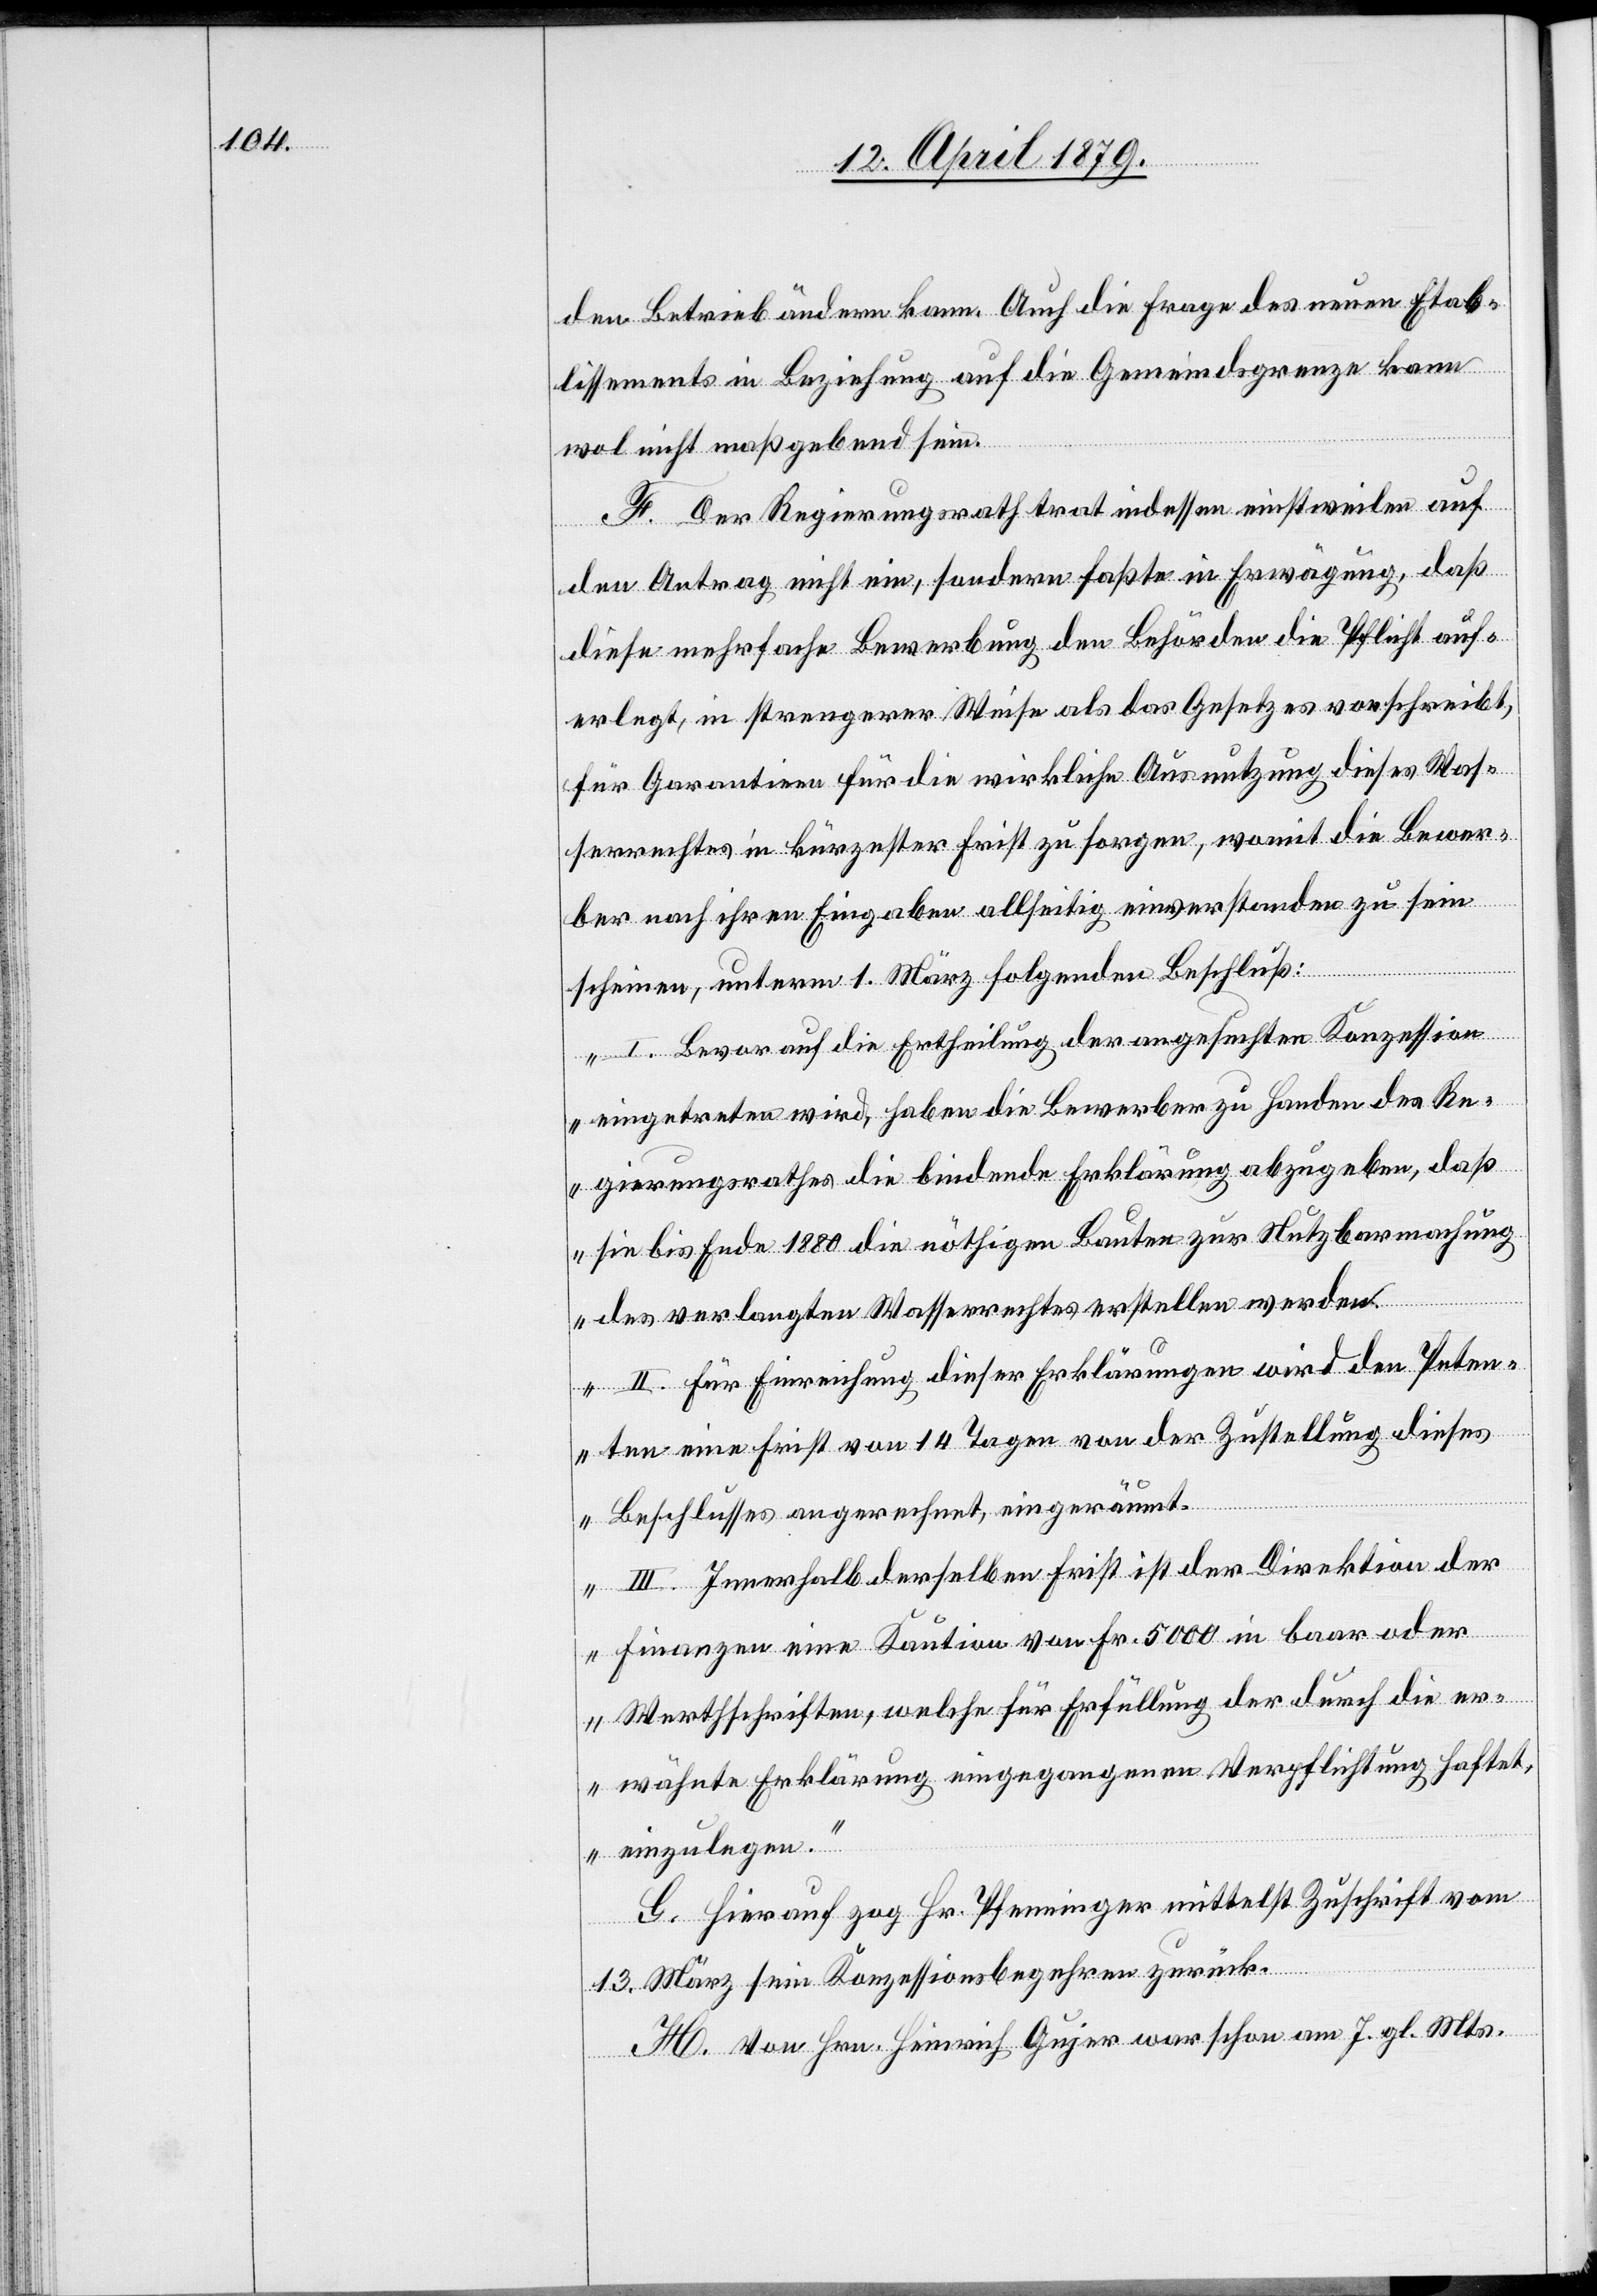
den Betrieb ändern kann. Auch die Frage des neuen Etab¬
lissements in Beziehung auf die Gemeindsgrenze kann
wol nicht maßgebend sein.
F. Der Regierungsrath trat indessen einstweilen auf
den Antrag nicht ein, sondern faßte in Erwägung, daß
diese mehrfache Bewerbung den Behörden die Pflicht auf¬
erlegt, in strengerer Weise als das Gesetz es vorschreibt,
für Garantieen für die wirkliche Ausnutzung dieses Was¬
serrechtes in kürzester Frist zu sorgen, womit die Bewer¬
ber nach ihren Eingaben allseitig einverstanden zu sein
scheinen, unterm 1. März folgenden Beschluß:
„I. Bevor auf die Ertheilung der angesuchten Konzession
eingetreten wird, haben die Bewerber zu Handen des Re¬
gierungsrathes die bindende Erklärung abzugeben, daß
sie bis Ende 1880 die nöthigen Bauten zur Nutzbarmachung
des verlangten Wasserrechtes erstellen werden.
II. Für Einreichung dieser Erklärungen wird den Peten¬
ten eine Frist von 14 Tagen von der Zustellung dieses
Beschlusses angerechnet, eingeräumt.
III. Innerhalb derselben Frist ist der Direktion der
Finanzen eine Kaution von Fr. 5000 in baar oder
Werthschriften, welche für Erfüllung der durch die er¬
wähnte Erklärung eingegangenen Verpflichtung haftet,
einzulegen.“
G. Hierauf zog Hr. Pfenninger mittelst Zuschrift vom
13. März sein Konzessionsbegehren zurück.
H. Von Hrn. Heinrich Gujer war schon am 7. gl. Mts.